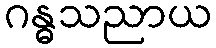
ဂန္ဓသညာယ